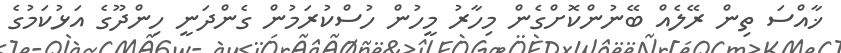
ޚާއްސަ ތިން ރޭލެއް ބޭނުންކޮށްގެން މިހާރު މީހުން ހުސްކުރަމުން ގެންދަނީ ހިންދޫގެ އަޅުކަމުގެ